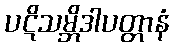
ပဋိသမ္ဘိဒါပတ္တာနံ